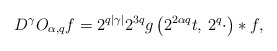
\begin{align*}D^\gamma O_{\alpha,q}f=2^{q|\gamma|}2^{3q}g\left(2^{2\alpha q}t,\,2^{q}\cdot\right)\ast f,\end{align*}